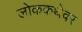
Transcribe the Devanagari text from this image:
लोककथेवर